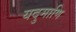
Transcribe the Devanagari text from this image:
यदुमाणि